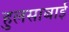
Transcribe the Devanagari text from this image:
हुलसाबाई